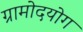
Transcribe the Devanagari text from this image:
ग्रामोदयोग